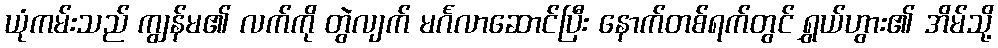
ယုံကမ်းသည် ကျွန်မ၏ လက်ကို တွဲလျက် မင်္ဂလာဆောင်ပြီး နောက်တစ်ရက်တွင် ရွှယ်ဟွား၏ အိမ်သို့